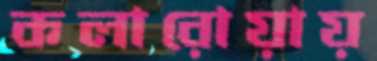
কলারোয়ায়